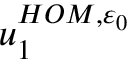
u _ { 1 } ^ { H O M , \varepsilon _ { 0 } }